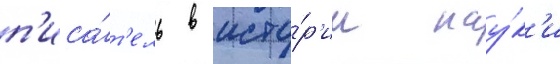
п'иса́т'ель в исто́р'ии нау́к'и